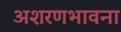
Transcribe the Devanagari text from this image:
अशरणभावना